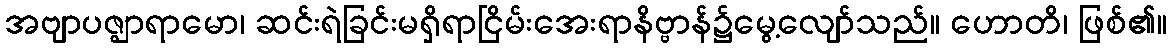
အဗျာပဇ္ဈာရာမော၊ ဆင်းရဲခြင်းမရှိရာငြိမ်းအေးရာနိဗ္ဗာန်၌မွေ့လျော်သည်။ ဟောတိ၊ ဖြစ်၏။